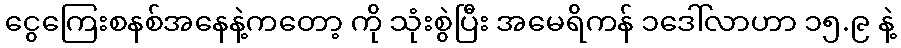
ငွေကြေးစနစ်အနေနဲ့ကတော့ ကို သုံးစွဲပြီး အမေရိကန် ၁ဒေါ်လာဟာ ၁၅.၉ နဲ့